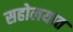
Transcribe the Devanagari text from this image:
सहोलयात